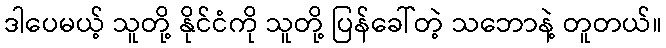
ဒါပေမယ့် သူတို့ နိုင်ငံကို သူတို့ ပြန်ခေါ်တဲ့ သဘောနဲ့ တူတယ်။